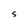
Character: S